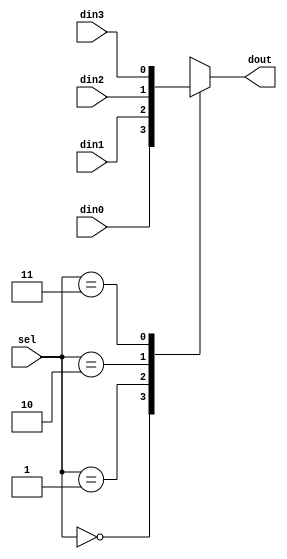
module mux4to1 #(parameter N = 1)(input [1:0] sel, 
                                  input [N-1:0] din0, din1, din2, din3,
                                  output reg [N-1:0] dout
    );
  
  //multiplexor
  always @*
    case (sel)
     0 : dout = din0;
     1 : dout = din1;
     2 : dout = din2;
     3 : dout = din3;
     default : dout = din0;
  endcase
  
  
  
endmodule